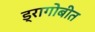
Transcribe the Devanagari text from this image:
ड्रागोबीत